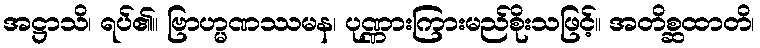
အဋ္ဌာသိ၊ ရပ်၏။ ဗြာဟ္မဏဿမန၊ ပုဏ္ဏားကြားမည်စိုးသဖြင့်။ အတိစ္ဆထာတိ၊